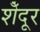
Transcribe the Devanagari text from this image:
शेँदूर